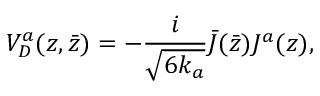
V _ { D } ^ { a } ( z , \bar { z } ) = - { \frac { i } { \sqrt { 6 k _ { a } } } } \bar { J } ( \bar { z } ) J ^ { a } ( z ) ,